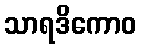
သာရဒိကောဝ